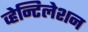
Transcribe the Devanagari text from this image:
व्हेन्टिलेशन